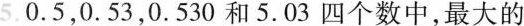
5.0.5，0.53，0.530和5.03四个数中，最大的